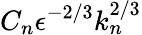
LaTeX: C_{n}\epsilon^{-2/3}k_{n}^{2/3}